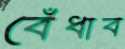
বেঁধাব